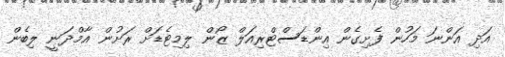
އަދި އަންނަ މަހުން ފެށިގެން އިންޑަސްޓްރިއަލް ޒޯން ލިމިޓެޑަށް ރަށުން އާމްދަނީ ލިބެން